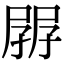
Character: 𡥷